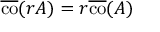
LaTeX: { \overline { { \operatorname { c o } } } } ( r A ) = r { \overline { { \operatorname { c o } } } } ( A )